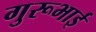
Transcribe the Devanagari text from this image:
गुरूभाई